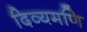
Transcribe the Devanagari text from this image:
दिव्यमणि